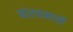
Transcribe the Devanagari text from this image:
संरचनासे